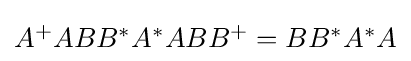
{\textstyle A^{+}ABB^{*}A^{*}ABB^{+}=BB^{*}A^{*}A}